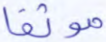
موثقا